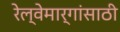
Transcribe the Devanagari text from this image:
रेल्वेमार्गांसाठी